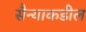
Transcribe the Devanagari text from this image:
सैन्याकडील